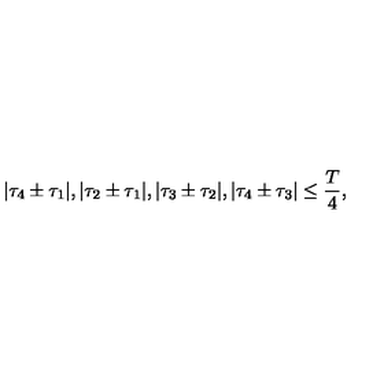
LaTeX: | { \tau } _ { 4 } \pm { \tau } _ { 1 } | , | { \tau } _ { 2 } \pm { \tau } _ { 1 } | , | { \tau } _ { 3 } \pm { \tau } _ { 2 } | , | { \tau } _ { 4 } \pm { \tau } _ { 3 } | \leq \frac { T } { 4 } ,